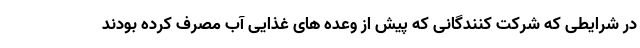
در شرایطی که شرکت کنندگانی که پیش از وعده های غذایی آب مصرف کرده بودند